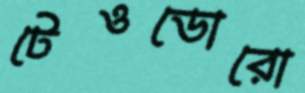
টেওডোরো